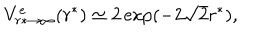
LaTeX: V _ { r * \to \infty } ^ { e } ( r ^ { * } ) \simeq 2 \exp ( - 2 \sqrt 2 r ^ { * } ) ,